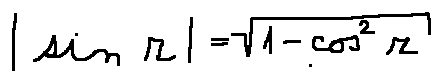
| \sin z | = \sqrt { 1 - \cos ^ { 2 } z }